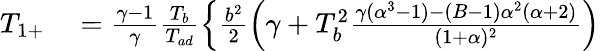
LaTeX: \begin{array}{rl}{T_{1+}}&{{}=\frac{\gamma-1}{\gamma}\frac{T_{b}}{T_{ad}}\left\{ \frac{b^{2}}{2}\left(\gamma+T_{b}^{2}\frac{\gamma(\alpha^{3}-1)-(B-1)\alpha^{2}(\alpha+2)}{(1+\alpha)^{2}}\right)\right.}\end{array}